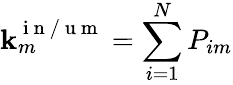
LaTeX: \mathbf{k}_{m}^{\mathrm{{~i~n~/~u~m~}}}=\sum_{i=1}^{N}P_{im}